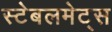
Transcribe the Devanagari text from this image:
स्टेबलमेट्स